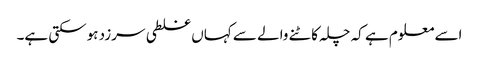
اسے معلوم ہے کہ چلہ کاٹنے والے سے کہاں غلطی سرزد ہوسکتی ہے۔